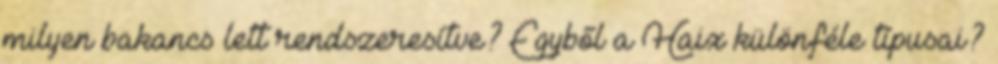
milyen bakancs lett rendszeresítve? Egyből a Haix különféle típusai?